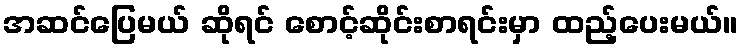
အဆင်ပြေမယ် ဆိုရင် စောင့်ဆိုင်းစာရင်းမှာ ထည့်ပေးမယ်။